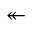
\twoheadleftarrow